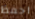
احفظ